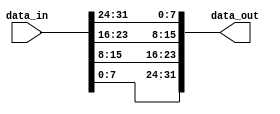
`timescale 1ns / 1ps
//////////////////////////////////////////////////////////////////////////////////
// Company: 
// Engineer: 
// 
// Design Name: 
// Module Name:    byte_reorder 
// Project Name: 
// Target Devices: 
// Tool versions: 
// Description: 
//
// Dependencies: 
//
// Revision: 
// Revision 0.01 - File Created
// Additional Comments: 
//
//////////////////////////////////////////////////////////////////////////////////
module byte_reorder_8bit( input [31:0] data_in,
output [31:0] data_out
    );

assign data_out[7:0]=data_in[31:24];
assign data_out[15:8]=data_in[23:16];
assign data_out[23:16]=data_in[15:8];
assign data_out[31:24]=data_in[7:0];

endmodule